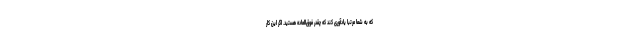
که به شما مرتباً یادآوری کند که چقدر فوق‌العاده هستید. اگر این کار